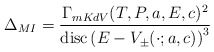
\begin{align*}\Delta_{MI}=\frac{\Gamma_{mKdV}(T,P,a,E,c)^2}{{\rm disc}\left(E-V_{\pm}(\cdot;a,c)\right)^3}\end{align*}